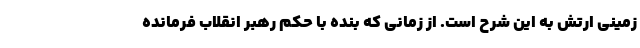
زمینی ارتش به این شرح است. از زمانی که بنده با حکم رهبر انقلاب فرمانده